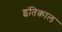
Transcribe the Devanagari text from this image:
इंतिक़ाल